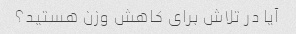
آیا در تلاش برای کاهش وزن هستید؟